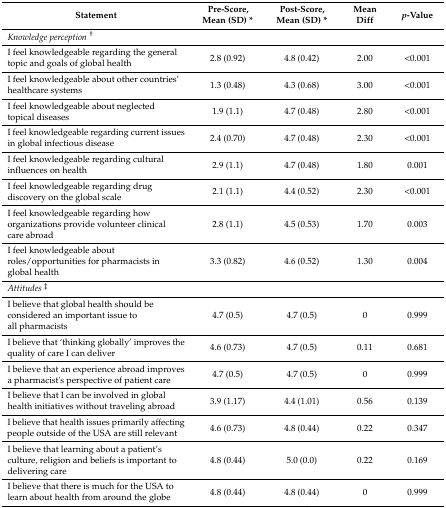
| Statement | Pre-Score, Mean (SD) * | Post-Score, Mean (SD) * | Mean Diff | p-Value |
 | --- | --- | --- | --- | --- |
 | <COLSPAN=5> Knowledge perception† |
 | I feel knowledgeable regarding the general topic and goals of global health | 2.8 (0.92) | 4.8 (0.42) | 2.00 | <0.001 |
 | I feel knowledgeable about other countries’ healthcare systems | 1.3 (0.48) | 4.3 (0.68) | 3.00 | <0.001 |
 | I feel knowledgeable about neglected topical diseases | 1.9 (1.1) | 4.7 (0.48) | 2.80 | <0.001 |
 | I feel knowledgeable regarding current issues in global infectious disease | 2.4 (0.70) | 4.7 (0.48) | 2.30 | <0.001 |
 | I feel knowledgeable regarding cultural influences on health | 2.9 (1.1) | 4.7 (0.48) | 1.80 | 0.001 |
 | I feel knowledgeable regarding drug discovery on the global scale | 2.1 (1.1) | 4.4 (0.52) | 2.30 | <0.001 |
 | I feel knowledgeable regarding how organizations provide volunteer clinical care abroad | 2.8 (1.1) | 4.5 (0.53) | 1.70 | 0.003 |
 | I feel knowledgeable about roles/opportunities for pharmacists in global health | 3.3 (0.82) | 4.6 (0.52) | 1.30 | 0.004 |
 | <COLSPAN=5> Attitudes‡ |
 | I believe that global health should be considered an important issue to all pharmacists | 4.7 (0.5) | 4.7 (0.5) | 0 | 0.999 |
 | I believe that ‘thinking globally’ improves the quality of care I can deliver | 4.6 (0.73) | 4.7 (0.5) | 0.11 | 0.681 |
 | I believe that an experience abroad improves a pharmacist's perspective of patient care | 4.7 (0.5) | 4.7 (0.5) | 0 | 0.999 |
 | I believe that I can be involved in global health initiatives without traveling abroad | 3.9 (1.17) | 4.4 (1.01) | 0.56 | 0.139 |
 | I believe that health issues primarily affecting people outside of the USA are still relevant | 4.6 (0.73) | 4.8 (0.44) | 0.22 | 0.347 |
 | I believe that learning about a patient’s culture, religion and beliefs is important to delivering care | 4.8 (0.44) | 5.0 (0.0) | 0.22 | 0.169 |
 | I believe that there is much for the USA to learn about health from around the globe | 4.8 (0.44) | 4.8 (0.44) | 0 | 0.999 |